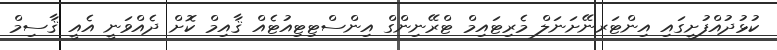
ކުޅުދުއްފުށީގައި އިންޓަރނޭށަނަލް މެރިޓައިމް ޓްރޭނިންގް އިންސްޓިޓިއުޓެއް ޤާއިމް ކޮށް ދެއްވަނީ އެއީ ޤާސިމް